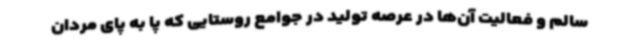
سالم و فعالیت آن‌ها در عرصه تولید در جوامع روستایی که پا به پای مردان